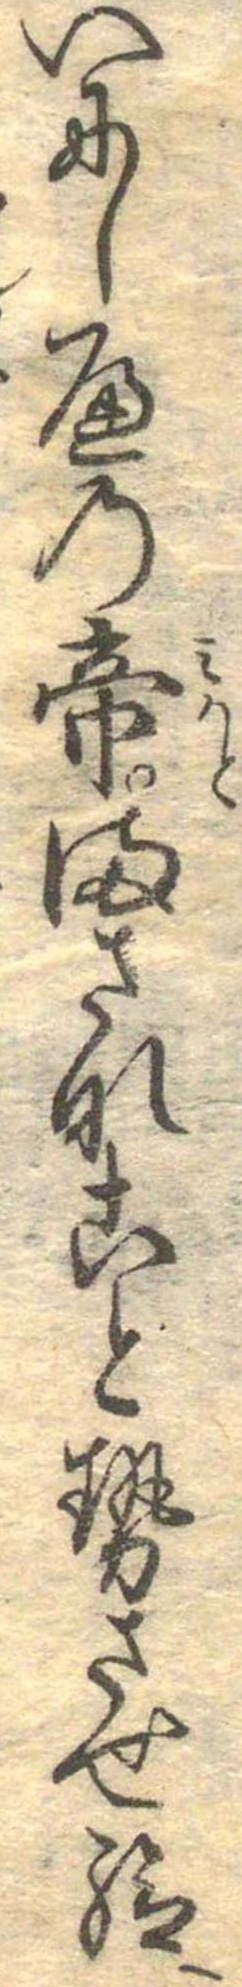
いにしへの帝まさなことせさせ給へ